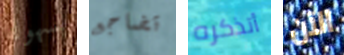
بسهوله تضاجع أتذكره الآن